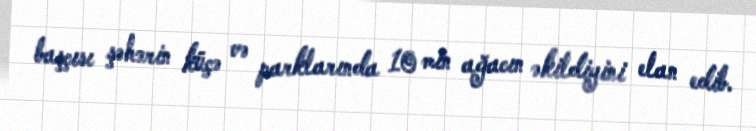
başçısı şəhərin küçə və parklarında 10 min ağacın əkildiyini elan edib.